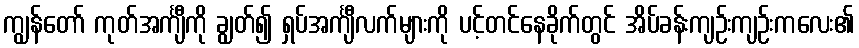
ကျွန်တော် ကုတ်အင်္ကျီကို ချွတ်၍ ရှပ်အင်္ကျီလက်များကို ပင့်တင်နေခိုက်တွင် အိပ်ခန်းကျဉ်းကျဉ်းကလေး၏